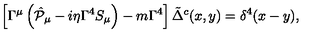
\left[ \Gamma ^ { \mu } \left( \hat { { \cal P } } _ { \mu } - i \eta \Gamma ^ { 4 } S _ { \mu } \right) - m \Gamma ^ { 4 } \right] \tilde { \Delta } ^ { c } ( x , y ) = \delta ^ { 4 } ( x - y ) ,